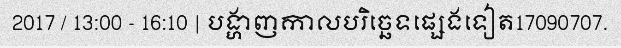
2017 / 13:00 - 16:10 | បង្ហាញកាលបរិច្ឆេទផ្សេងទៀត17090707.